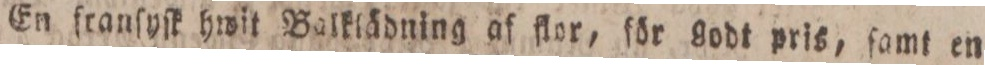
En franſyſk hwit Balklädning af flor, för godt pris, ſamt en